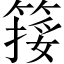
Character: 𥱮